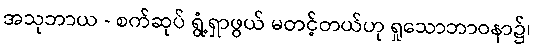
အသုဘာယ - စက်ဆုပ် ရွံ့ရှာဖွယ် မတင့်တယ်ဟု ရှုသောဘာဝနာ၌၊